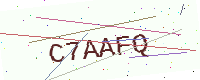
Text: C7AAFQ